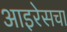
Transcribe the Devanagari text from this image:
आइरेसचा